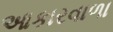
આકારવાળા